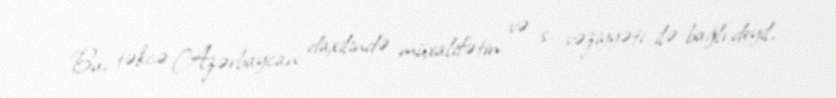
Bu, təkcə Azərbaycan daxilində müxalifətin və s. vəziyyəti ilə bağlı deyil,